Civil Veterinary Department Bihar & Orissa reports 1922-29 - 1922-1929
Year: 1922
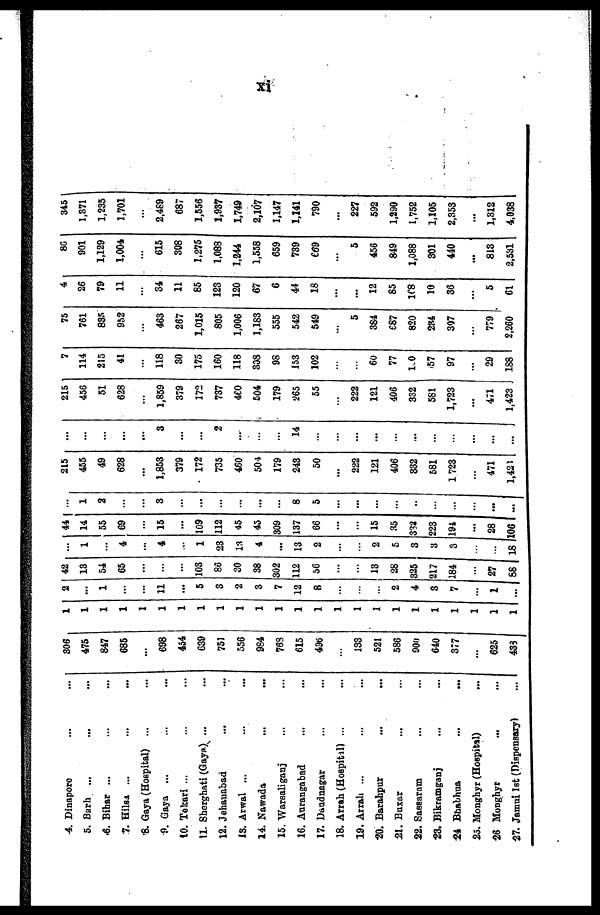
xi
4. Dinapore
5. Barh ...
6. Bihar ...
7. Hilsa ...
8. Gaya (Hospital) ...
9. Gaya ...
10. Tekari ...
11. Sherghati (Gaya) ...
12. Jehauabad
18. Arwal ...
14. Nawada
15. Waresaliganj
16. Aurangabad
17. Daudnagar
18. Arrah (Hospital) ...
19. Arrali ...
20. Barahpur
21. Buxar
22. Sassaram
23. Bikramganj
24 Bhabhua
25. Monghyr (Hospital)
26 Monghyr
27. Jamui 1st (Dispensary)
306
475
847
685
...
698
454
639
75J
556
984
769
615
496
...
133
521
586
900
640
377
...
625
433
1
1
1
1
1
1
1
1
1
1
1
1
1
1
1
1
1
1
1
1
1
1
1
1
2
...
1
...
11
...
5
3
2
3
7
12
8
...
...
...
2
4
3
7
...
1
...
42
13
54
65
...
...
...
103
86
30
38
302
112
56
...
...
13
28
325
217
184
...
27
88
1
4
...
4
1
23
13
4
...
13
2
...
...
2
5
3
3
3
...
...
18
44
14
55
69
15
...
109
112
45
45
309
137
66
...
...
15
35
332
223
194
...
28
106
...
1
2
...
3
...
...
...
...
8
5
...
...
...
...
...
...
...
...
...
...
215
455
49
628
...
1,853
379
172
735
460
501
179
243
50
...
222
121
406
832
581
1,723
...
471
1,421
...
...
...
...
...
3
...
...
2
...
...
...
14
...
...
...
...
...
...
...
...
...
...
...
215
456
51
628
1,859
379
172
737
460
504
179
265
55
...
222
121
406
332
581
1,723
...
471
1,423
7
114
215
41
...
118
30
175
160
118
308
98
153
102
...
...
60
77
1.0
57
97
...
29
188
75
761
835
952
...
463
267
1,015
805
1,006
1,183
555
542
549
...
5
384
687
820
234
307
...
779
2,260
4
26
79
11
...
34
11
85
123
120
67
6
44
18
...
...
12
85
168
10
36
...
5
61
86
901
1,129
1,004
...
615
308
1,275
1,088
1,244
1,558
659
739
669
...
5
456
849
1,088
801
440
...
813
2,531
345
1,871
1,235
1,701
...
2,489
687
1,556
1,937
1,749
2,107
1,147
1,141
790
...
227
592
1,290
1,752
1,105
2,353
...
1,312
4,038